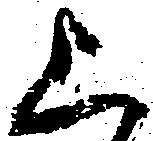
上